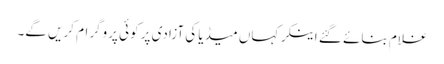
غلام بنائے گئے اینکر کہاں میڈیا کی آزادی پر کوئی پروگرام کریں گے۔